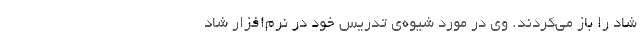
شاد را باز می‌کردند. وی در مورد شیوه‌ی تدریس خود در نرم‌افزار شاد